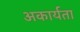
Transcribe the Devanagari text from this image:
अकार्यता